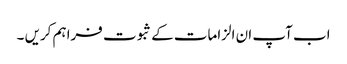
اب آپ ان الزامات کے ثبوت فراہم کریں ۔